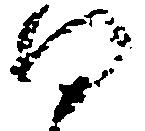
向